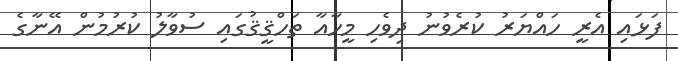
ފަޅައި އެރީ ހައްޔަރު ކުރެވުނު ދިވެހި މީހާއާ ތަހްޤީޤުގައި ސުވާލު ކުރުމުން އޭނާގެ